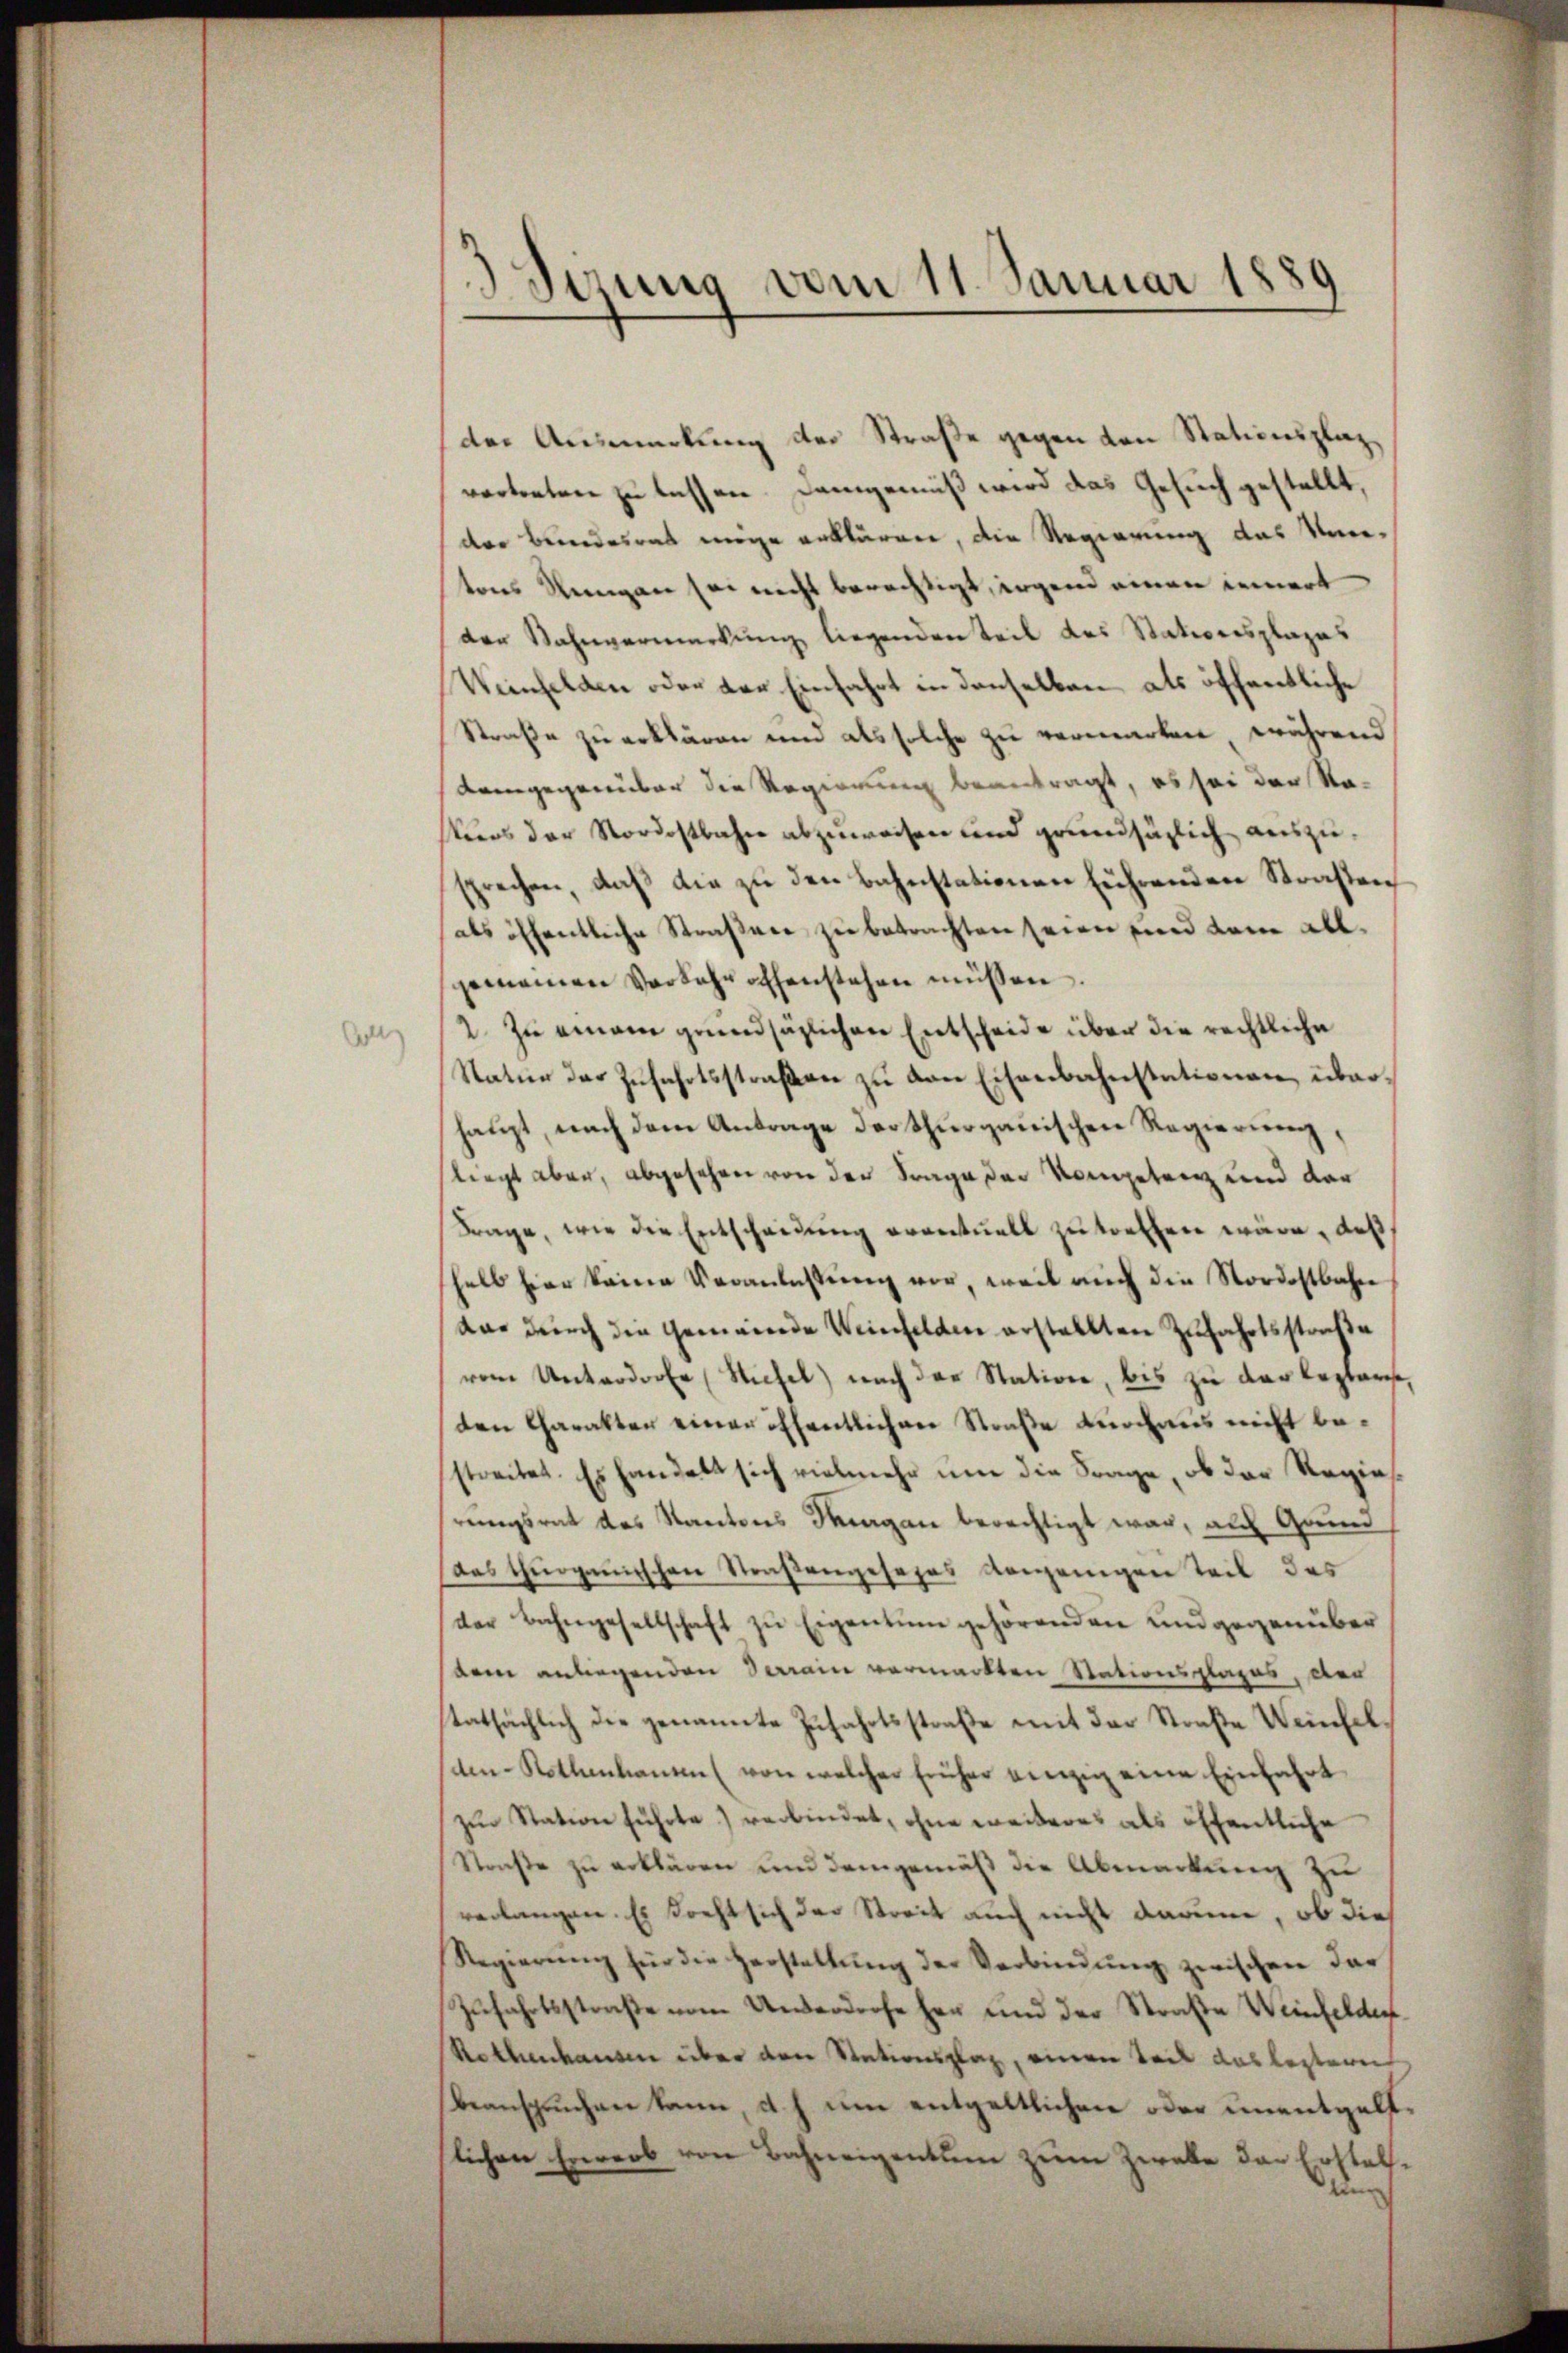
Gl

¬
)
.
d
Sirung vom 11. Januar 1881

der Ausmerkung des Straße gegen den Stationsplazvertreten zu lassen. Demgemäß wird das Gesuch gestellt,
dere Beindesrat möge erklären, die Regierung das Ver-
vons Reingen sei nicht berechtigt, irgend einen innert
der Mahnvermerkung liegenden Teil des Stationsplazes
Weinfelden oder der Einfahrt in denselben als öffentliche
Straße zu erklären und als solche zu vermarken, während
Langegenüber die Regierung beantragt, es sei der Sta-
skurs der Nordostbahn abzuweisen und grundsätzlich auszusprechen, daß die zu den Bahnstationen führenden Straßen
als öffentliche Straßene zu betrachten seien sind dann allgemeinen Verfahr offenstehen müssen.
2. Zu einem grundsazlichen Entscheide über die rechtliche
Natur der Zufahrtsstraßen zu von Eisenbahnstationen, überhaupt, nach dem Antrage der Thurgauischen Regierung,
sliegt aber, abgesehen von der Frage der Kompetrag und der
Frage, wie die Entscheidung eventuell zu treffen wäre, daß
halb hier keine Veranlassŭng vor, weil auch die Nordostbahn
dar durch die Gemeinde Weinfelden erstellten Zufahrtsstraße
rem Unterdorf (Stiefel) nach der Station, bis zu der lezteres,
den Charakter einer öffentlichen Straße durchaus nicht bestreitet. Es handelt sich vielmehr um die Frage, ob der Regiehrungsrat des Kantons Tagen berechtigt war, auf Grund
Das Thurgauischen Straßengesezes vorjenigen Teil des
der Bahngesellschaft zŭ Eigentum gehörenden und gegenüber
dem anliegenden Terrain vermarkten Stationsplages, der
tatsächlich die genannte Zufahrtsstraße mit der Straße Weinhelden Rothenhausen (von welcher früher einzig eine Einfahrt
zŭr Station führte verbindet, ohne weiteres als öffentliche
Straße zu erklären und demgemäß die Abmarkung zu
verlangen. Es kocht sich der Streit auch nicht darum, ob die
Regierŭng für die Herstattŭng der Verbindŭng zwischen dar
Zufahrtsstraße vom Unverdorfe her und der Straße Weinfelder
Rethenhausen über den Stationsplaz, einen Teil das lezteren
beanspruchen kann, d. h. um entgeltlichen oder unentgelflichen Erwerb von Bahneigentum zum Zwete der Ersteldan